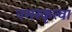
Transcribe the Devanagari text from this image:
नमस्कृत्वा